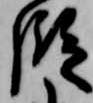
段